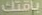
باقتك